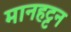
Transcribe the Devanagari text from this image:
मानहट्टन